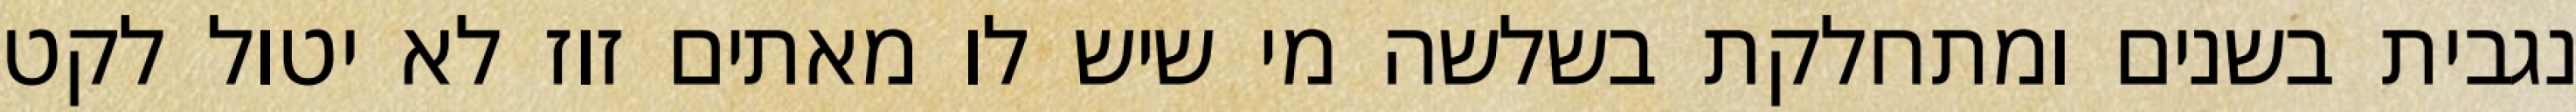
נגבית בשנים ומתחלקת בשלשה מי שיש לו מאתים זוז לא יטול לקט